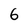
Character: 6